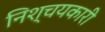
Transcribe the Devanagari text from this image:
निश्चयकारी